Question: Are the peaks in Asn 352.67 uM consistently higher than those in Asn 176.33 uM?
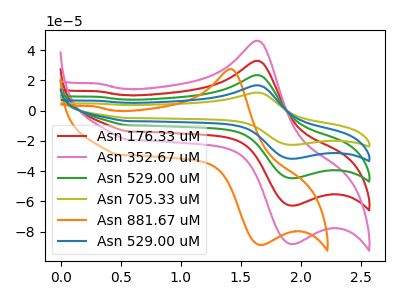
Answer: <think>The red curve "Asn 176.33 uM" has an anodic peak at (1.65V, 32.90uA) and a cathodic peak at (1.95V, -62.80uA). The pink curve "Asn 352.67 uM" has an anodic peak at (1.65V, 46.20uA) and a cathodic peak at (1.95V, -88.20uA). The green curve "Asn 529.00 uM" has an anodic peak at (1.65V, 65.80uA) and a cathodic peak at (1.95V, -125.65uA). The olive curve "Asn 705.33 uM" has an anodic peak at (1.65V, 131.60uA) and a cathodic peak at (1.95V, -251.30uA). The orange curve "Asn 881.67 uM" has an anodic peak at (1.40V, 27.40uA) and a cathodic peak at (1.70V, -88.80uA). The blue curve "Asn 529.00 uM" has an anodic peak at (1.65V, 98.70uA) and a cathodic peak at (1.95V, -188.45uA).</think>
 <answer>Every peak in "Asn 352.67 uM" is higher than every peak in "Asn 176.33 uM".</answer>
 <eval>higher</eval>